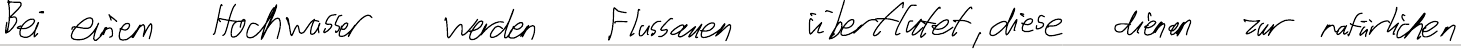
Bei einem Hochwasser werden Flussauen überflutet, diese dienen zur natürlichen